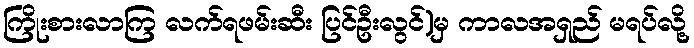
ကြိုးစားလာကြ လက်ရဖမ်းဆီး ပြင်ဦးလွင်)မှ ကာလအရှည် မရပ်လို့